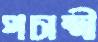
পচাব্দী